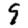
Digit: 9